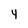
Character: 4